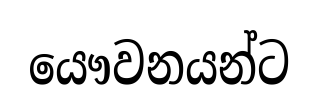
යෞවනයන්ට